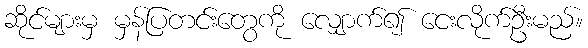
ဆိုင်များမှ မှန်ပြတင်းတွေကို လျှောက်၍ ငေးလိုက်ဦးမည်။